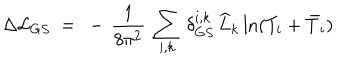
\Delta { \cal L } _ { G S } \ = \ - \, \frac { 1 } { 8 \pi ^ { 2 } } \: \sum _ { i , k } \, \delta _ { G S } ^ { i , k } \, \widehat L _ { k } \ln ( T _ { i } + \bar { T } _ { i } )